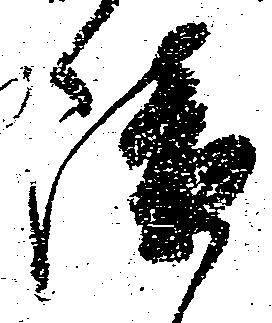
障